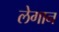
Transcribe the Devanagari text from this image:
लेगान